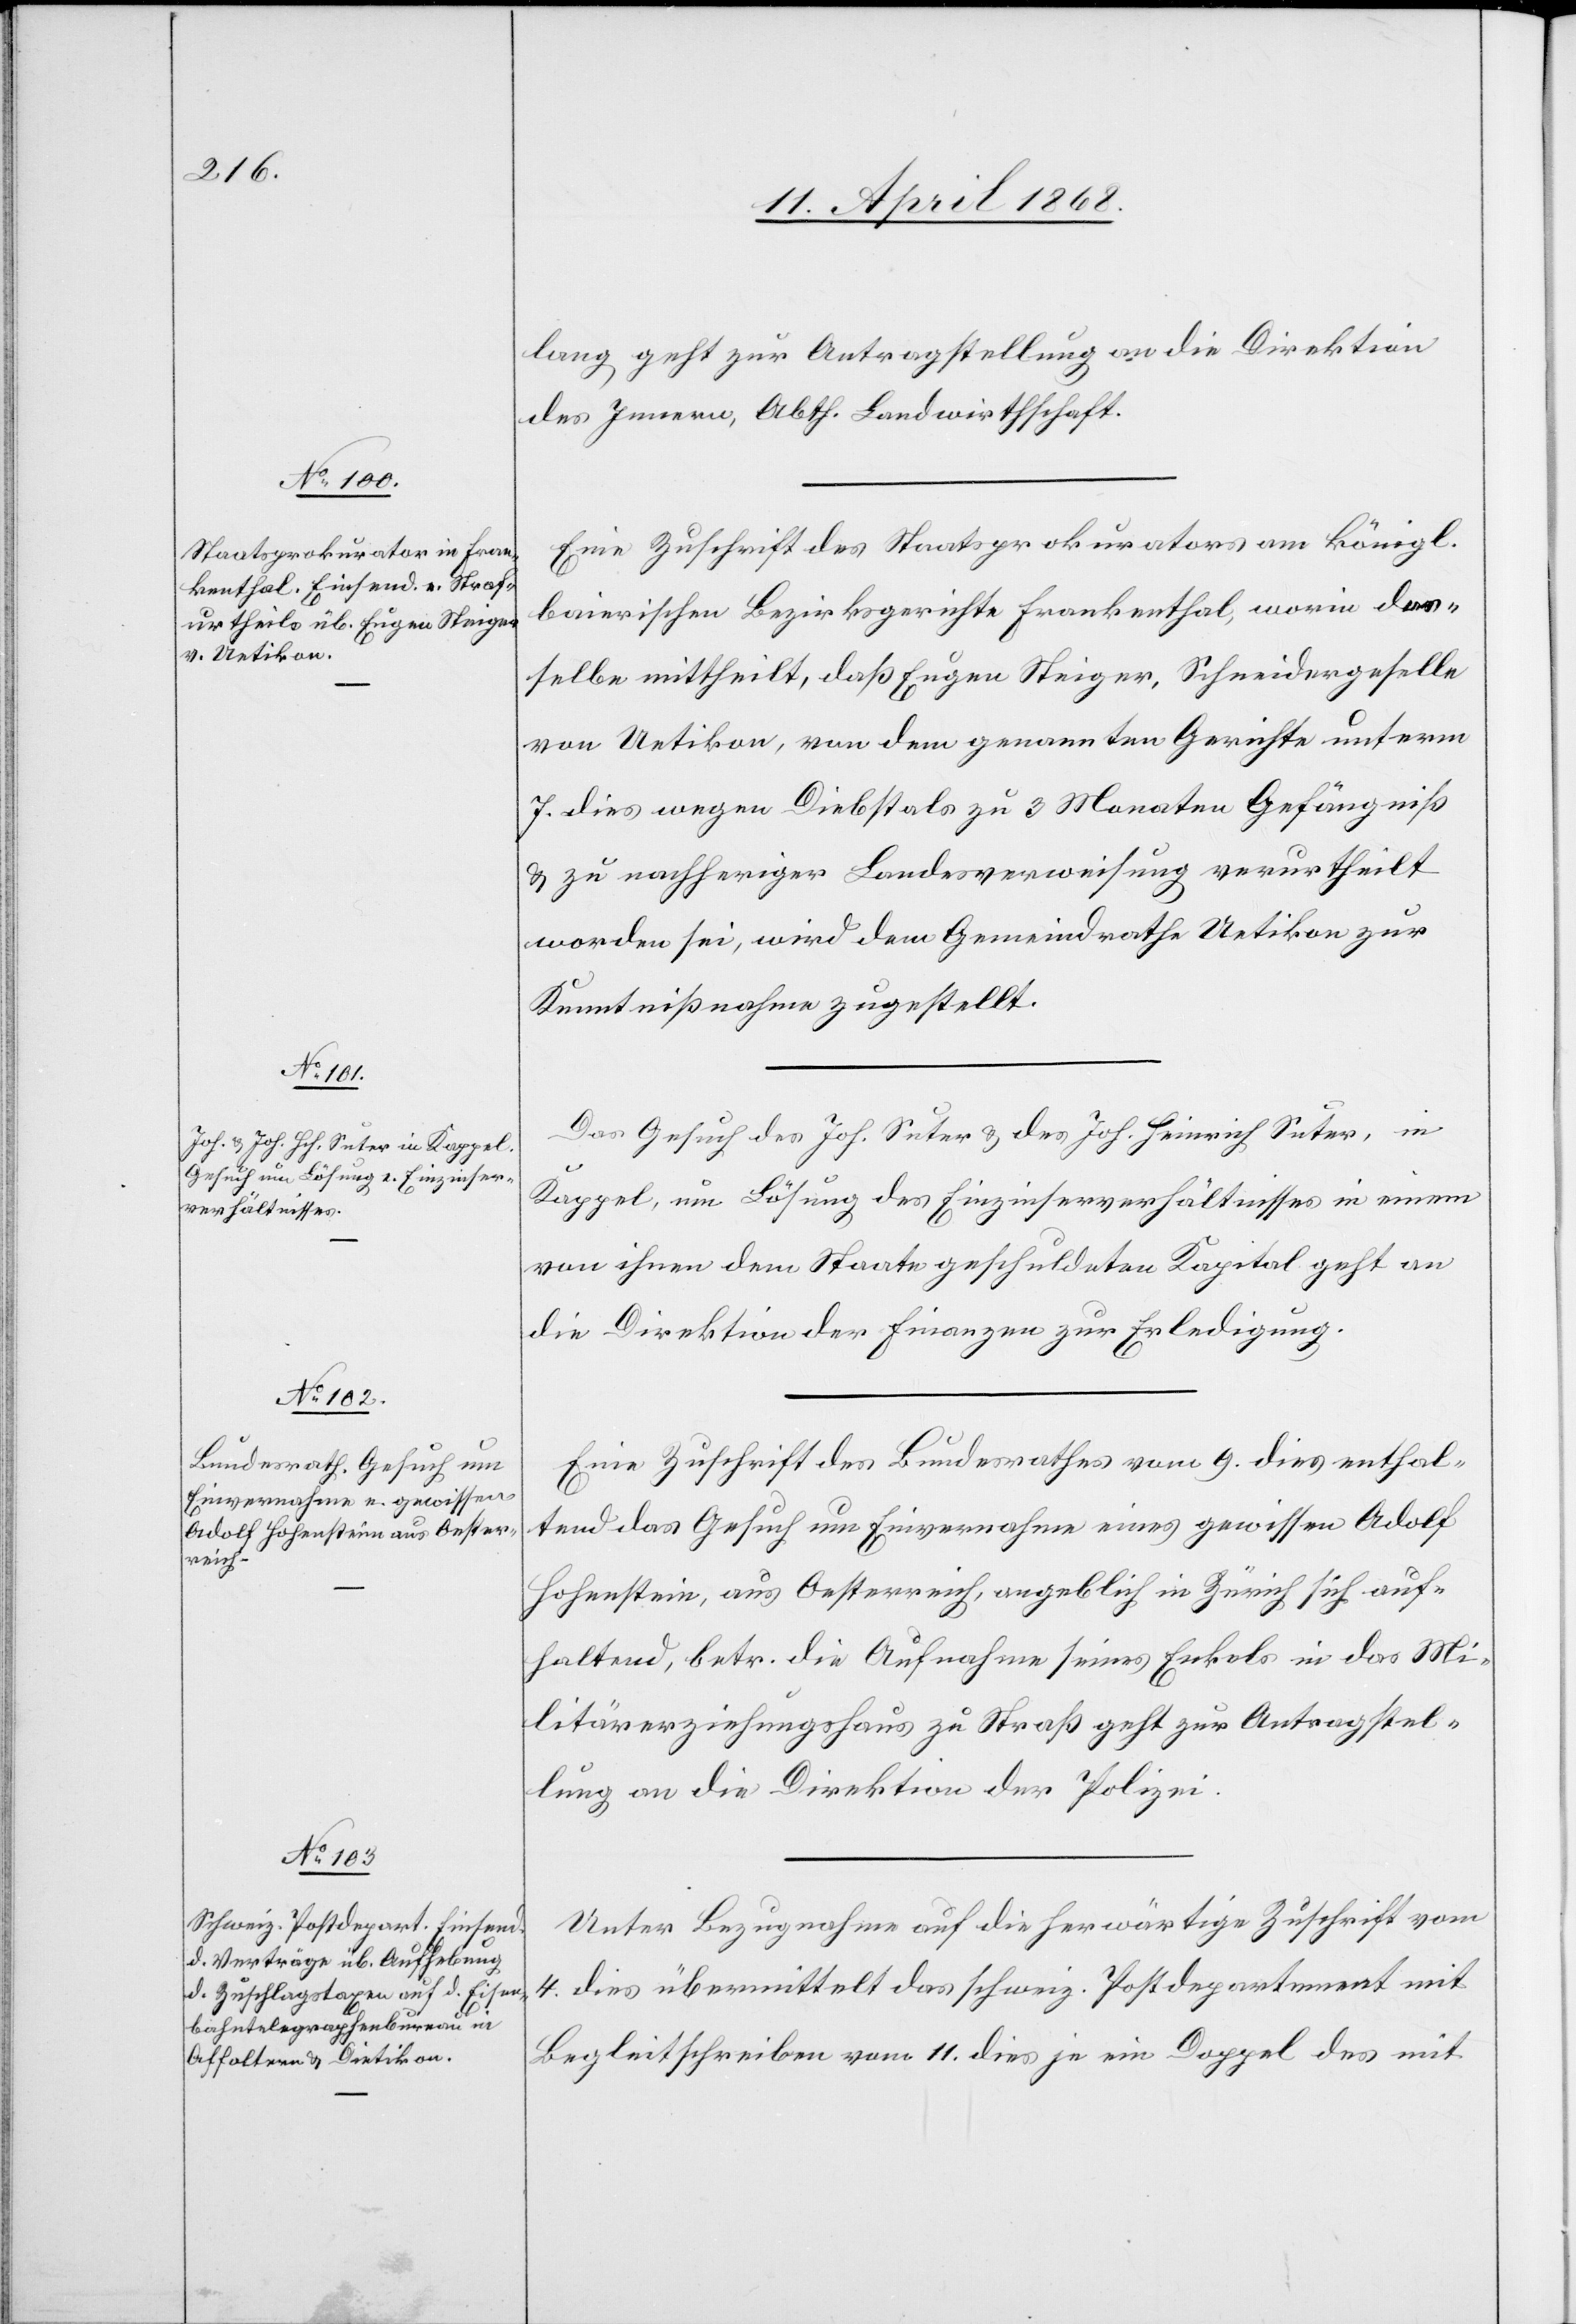
14. April 1868.]
lang geht zur Antragstellung an die Direktion
des Innern, Abth. Landwirthschaft.
Eine Zuschrift des Staatsprokurators am königl.
baierischen Bezirksgerichte Frankenthal, worin der¬
selbe mittheilt, daß Eugen Steiger, Schneidergeselle
von Uetikon, von dem genannten Gerichte unterm
7. dies wegen Diebstals zu 3 Monaten Gefängniß
& zu nachheriger Landesverweisung verurtheilt
worden sei, wird dem Gemeindrathe Uetikon zur
Kenntnißnahme zugestellt.
Das Gesuch des Joh. Suter & des Joh. Heinrich Suter, in
Kappel, um Lösung des Einzinserverhältnisses in einem
von ihnen dem Staate geschuldeten Kapital geht an
die Direktion der Finanzen zur Erledigung.
Eine Zuschrift des Bundesrathes vom 9. dies enthal¬
tend das Gesuch um Einvernahme eines gewissen Adolf
Hohenstein, aus Oesterreich, angeblich in Zürich sich auf¬
haltend, betr. die Aufnahme seines Enkels in das Mi¬
litärerziehungshaus zu Straß geht zur Antragstel¬
lung an die Direktion der Polizei.
Unter Bezugnahme auf die herwärtige Zuschrift vom
4. dies übermittelt das schweiz. Postdepartement mit
Begleitschreiben vom 11. dies je ein Doppel des mit